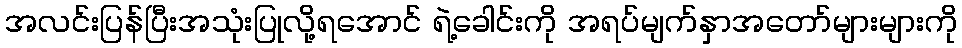
အလင်းပြန်ပြီးအသုံးပြုလို့ရအောင် ရဲ့ခေါင်းကို အရပ်မျက်နှာအတော်များများကို